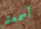
أسمعتم